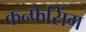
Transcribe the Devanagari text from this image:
कन्फेसिंग